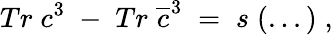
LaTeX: Tr\; c^{3}\; -\; Tr\; \overline{{{c}}}^{3}\; =\; s\; (...)\; ,